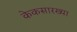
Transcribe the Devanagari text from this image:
केकसारख्या